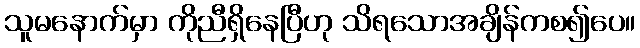
သူမနောက်မှာ ကိုညီရှိနေပြီဟု သိရသောအချိန်ကစ၍ပေ။